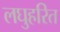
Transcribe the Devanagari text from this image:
लघुहरित